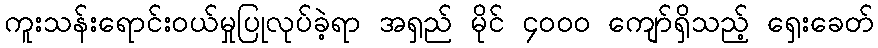
ကူးသန်းရောင်းဝယ်မှုပြုလုပ်ခဲ့ရာ အရှည် မိုင် ၄၀၀၀ ကျော်ရှိသည့် ရှေးခေတ်